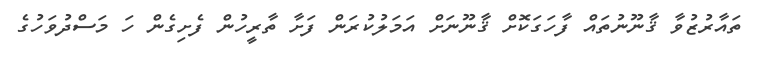
ތައާރުޒުވާ ޤާނޫނުތައް ފާހަގަކޮށް ޤާނޫނަށް އަމަލުކުރަން ފަށާ ތާރީހުން ފެށިގެން ހަ މަސްދުވަހުގެ